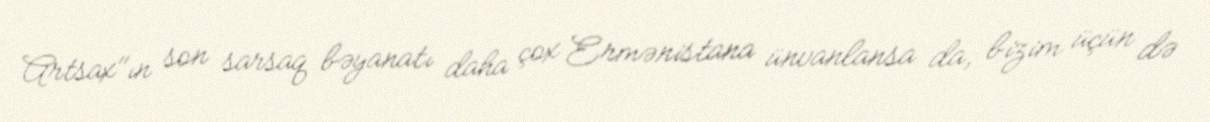
Artsax"ın son sarsaq bəyanatı daha çox Ermənistana ünvanlansa da, bizim üçün də